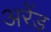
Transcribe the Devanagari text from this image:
अरेंड